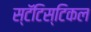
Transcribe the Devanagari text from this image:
स्टॅटिस्टिकल